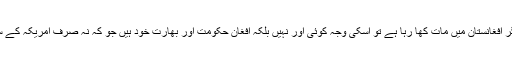
دنیا کی جدید ترین ٹیکنالوجی اور اسلحہ کے باوجود ہزاروں فوجی مروانے کے بعد بھی امریکہ اگر افغانستان میں مات کھا رہا ہے تو اسکی وجہ کوئی اور نہیں بلکہ افغان حکومت اور بھارت خود ہیں جو کہ نہ صرف امریکہ کے ساتھ ڈبل گیم کررہے ہیں بلکہ پاکستان میں دہشتگردی کے لئے مسلسل کوششوں میں مصروف ہیں۔